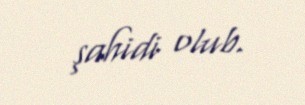
şahidi olub.